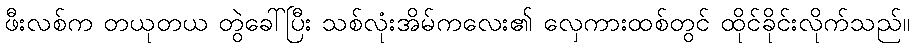
ဖီးလစ်က တယုတယ တွဲခေါ်ပြီး သစ်လုံးအိမ်ကလေး၏ လှေကားထစ်တွင် ထိုင်ခိုင်းလိုက်သည်။